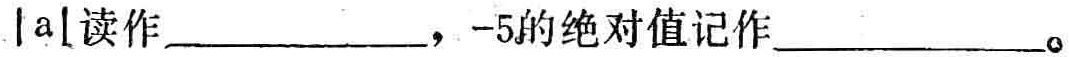
|a|读作______，-5的绝对值记作______。